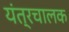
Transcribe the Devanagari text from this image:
यंत्रचालक